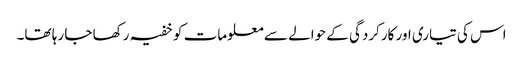
اس کی تیاری اور کارکردگی کے حوالے سے معلومات کو خفیہ رکھا جا رہا تھا۔